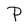
Character: P